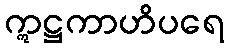
ဣဋ္ဌကာဟိပရေ